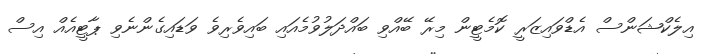
އިލެކްޝަންސް އެޑްވައިޒަރީ ކޮމެޓީން މިރޭ ބޭއްވި ބައްދަލުވުމެއައި ބައިވެރިވެ ވަޑައިގެންނެވި ޕާޓީއެއް އިސް